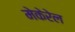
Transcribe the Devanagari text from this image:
मेकेरेल